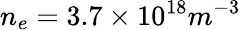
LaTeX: n_{e}=3.7\times 10^{18}m^{-3}